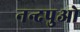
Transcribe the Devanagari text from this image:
नन्दपुओ